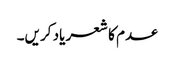
عدم کا شعر یاد کریں۔